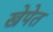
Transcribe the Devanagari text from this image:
खेपेत